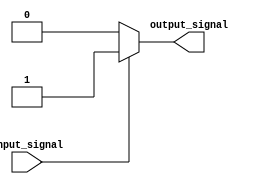
module push_pull_buffer (
    input wire input_signal,
    output reg output_signal
);

always @(input_signal) begin
    if (input_signal == 1'b1) begin
        output_signal <= 1'b1;
    end else begin
        output_signal <= 1'b0;
    end
end

endmodule